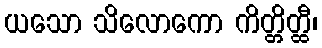
ယသော သိလောကော ကိတ္တိတ္ထီ၊